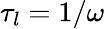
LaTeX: \tau_{l}=1/\omega